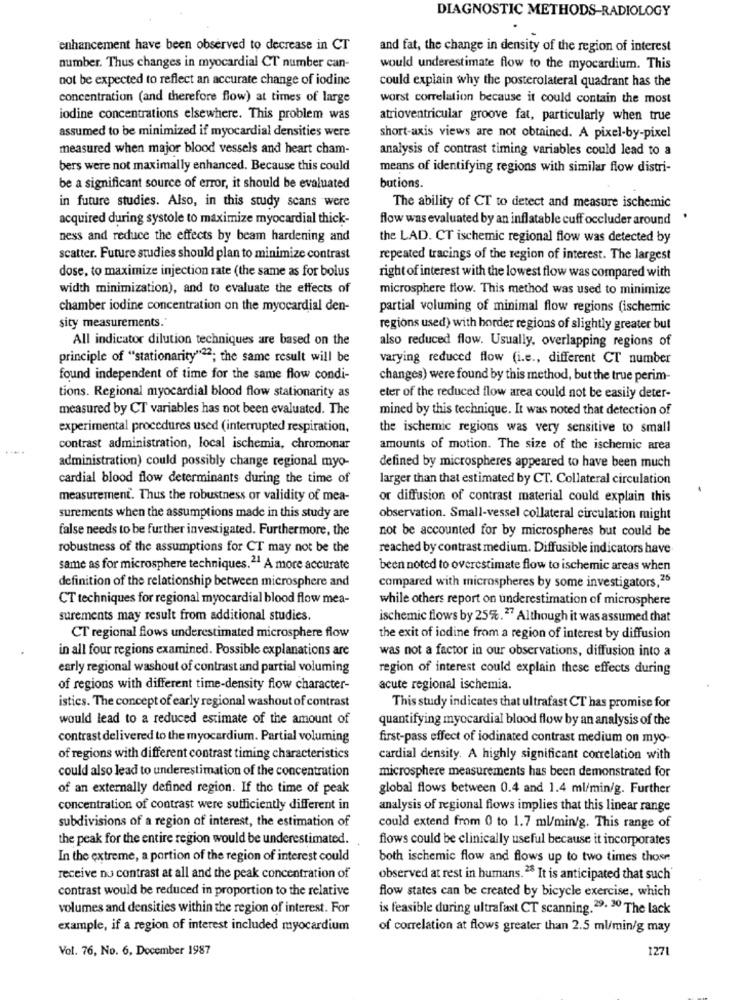
DIAGNOSTIC METHODS-RADIOLOGY
enhancement have been observed to decrease in CT
and fat, the change in density of the region of interest
number. Thus changes in myocardial CT number can-
would underestimate flow to the myocardium. This
not be expected to reflect an accurate change of iodine
could explain why the posterolateral quadrant has the
concentration (and therefore flow) at times of large
worst correlation because it could contain the most
iodine concentrations elsewhere. This problem was
atrioventricular groove fat, particularly when true
assumed to be minimized if myocardial densities were
short-axis views are not obtained. A pixel-by-pixel
measured when major blood vessels and heart cham-
analysis of contrast timing variables could lead to a
bers were not maximally enhanced. Because this could
means of identifying regions with similar flow distri-
be a significant source of error, it should be evaluated
butions.
in future studies. Also, in this study scans were
The ability of CT to detect and measure ischemic
acquired during systole to maximize myocardial thick-
flow was evaluated by an inflatable cuff occluder around
.
ness and reduce the effects by beam hardening and
the LAD. CT ischemic regional flow was detected by
scatter. Future studies should plan to minimize contrast
repeated tracings of the region of interest. The largest
dose, to maximize injection rate (the same as for bolus
right of interest with the lowest flow was compared with
width minimization), and to evaluate the effects of
microsphere flow. This method was used to minimize
chamber iodine concentration on the myocardial den-
partial voluming of minimal flow regions (ischemic
sity measurements.
regions used) with border regions of slightly greater but
All indicator dilution techniques are based on the
also reduced flow. Usually, overlapping regions of
principle of "stationarity"22; the same result will be
varying reduced flow (i.e ., different CT number
found independent of time for the same flow condi-
changes) were found by this method, but the true perim-
tions. Regional myocardial blood flow stationarity as
eter of the reduced flow area could not be easily deter-
measured by CT variables has not been evaluated. The
mined by this technique. It was noted that detection of
experimental procedures used (interrupted respiration,
the ischemic regions was very sensitive to small
contrast administration, local ischemia, chromonar
amounts of motion. The size of the ischemic area
administration) could possibly change regional myo-
defined by microspheres appeared to have been much
cardial blood flow determinants during the time of
larger than that estimated by CT. Collateral circulation
measurement. Thus the robustness or validity of mea-
or diffusion of contrast material could explain this
surements when the assumptions made in this study are
observation. Small-vessel collateral circulation might
false needs to be further investigated. Furthermore, the
not be accounted for by microspheres but could be
robustness of the assumptions for CT may not be the
reached by contrast medium. Diffusible indicators have
same as for microsphere techniques.21 A more accurate
been noted to overestimate flow to ischemic areas when
definition of the relationship between microsphere and
compared with microspheres by some investigators,26
CT techniques for regional myocardial blood flow mea-
while others report on underestimation of microsphere
surements may result from additional studies.
ischemic flows by 25%.27 Although it was assumed that
CT regional flows underestimated microsphere flow
the exit of iodine from a region of interest by diffusion
in all four regions examined. Possible explanations are
was not a factor in our observations, diffusion into a
early regional washout of contrast and partial voluming
region of interest could explain these effects during
of regions with different time-density flow character-
acute regional ischemia.
istics. The concept of early regional washout of contrast
This study indicates that ultrafast CT has promise for
would lead to a reduced estimate of the amount of
quantifying myocardial blood flow by an analysis of the
contrast delivered to the myocardium. Partial voluming
first-pass effect of iodinated contrast medium on myo-
of regions with different contrast timing characteristics
cardial density. A highly significant correlation with
could also lead to underestimation of the concentration
microsphere measurements has been demonstrated for
of an externally defined region. If the time of peak
global flows between 0.4 and 1.4 ml/min/g. Further
concentration of contrast were sufficiently different in
analysis of regional flows implies that this linear range
subdivisions of a region of interest, the estimation of
could extend from 0 to 1.7 ml/min/g. This range of
the peak for the entire region would be underestimated.
flows could be clinically useful because it incorporates
In the extreme, a portion of the region of interest could
both ischemic flow and flows up to two times those
receive nu contrast at all and the peak concentration of
observed at rest in humans. 28 It is anticipated that such'
contrast would be reduced in proportion to the relative
flow states can be created by bicycle exercise, which
volumes and densities within the region of interest. For
is feasible during ultrafast CT scanning. 29. 30 The lack
example, if a region of interest included myocardium
of correlation at flows greater than 2.5 ml/min/g may
Vol. 76, No. 6. December 1987
1271